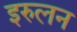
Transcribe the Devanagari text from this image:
इरुलन